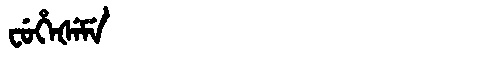
Manchu: ᠸᡠᡥᡝᡧᡝᠮᡝ
Romanization: FUHEŠEME